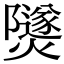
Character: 𤑾